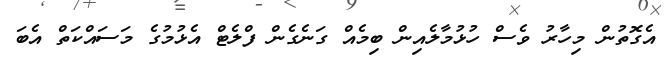
އެގޮތުން މިހާރު ވެސް ހުޅުމާލެއިން ބިމެއް ގަނެގެން ފްލެޓް އެޅުމުގެ މަސައްކަތް އެބަ